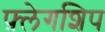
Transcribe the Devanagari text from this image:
फ़्लेगशिप